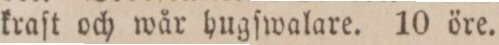
kraſt och wår hugſwalare. 10 öre.